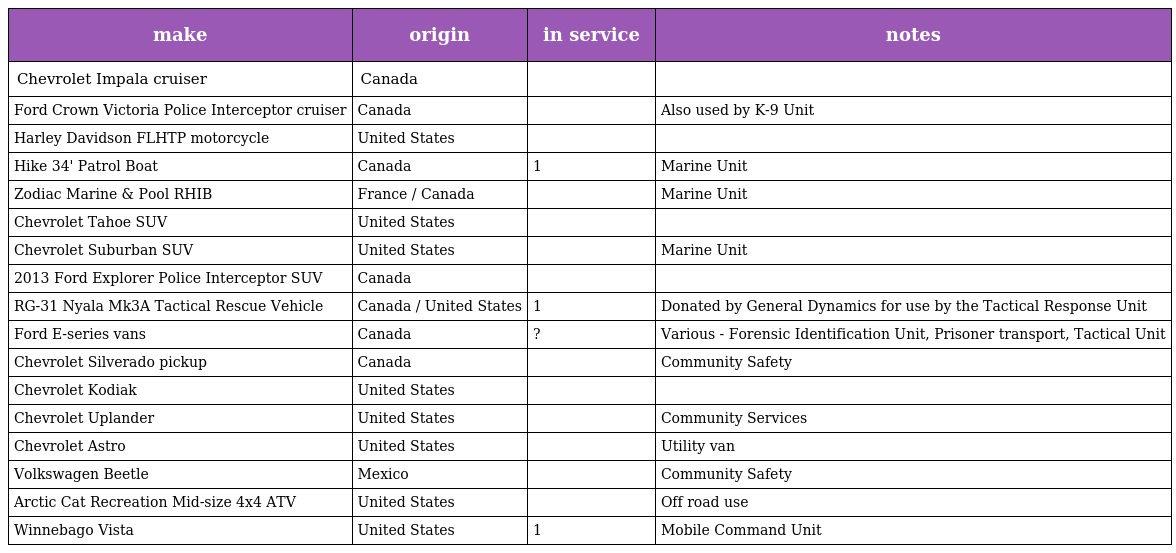
| make | origin | in service | notes |
 | --- | --- | --- | --- |
 | Chevrolet Impala cruiser | Canada |  |  |
 | Ford Crown Victoria Police Interceptor cruiser | Canada |  | Also used by K-9 Unit |
 | Harley Davidson FLHTP motorcycle | United States |  |  |
 | Hike 34' Patrol Boat | Canada | 1 | Marine Unit |
 | Zodiac Marine & Pool RHIB | France / Canada |  | Marine Unit |
 | Chevrolet Tahoe SUV | United States |  |  |
 | Chevrolet Suburban SUV | United States |  | Marine Unit |
 | 2013 Ford Explorer Police Interceptor SUV | Canada |  |  |
 | RG-31 Nyala Mk3A Tactical Rescue Vehicle | Canada / United States | 1 | Donated by General Dynamics for use by the Tactical Response Unit |
 | Ford E-series vans | Canada | ? | Various - Forensic Identification Unit, Prisoner transport, Tactical Unit |
 | Chevrolet Silverado pickup | Canada |  | Community Safety |
 | Chevrolet Kodiak | United States |  |  |
 | Chevrolet Uplander | United States |  | Community Services |
 | Chevrolet Astro | United States |  | Utility van |
 | Volkswagen Beetle | Mexico |  | Community Safety |
 | Arctic Cat Recreation Mid-size 4x4 ATV | United States |  | Off road use |
 | Winnebago Vista | United States | 1 | Mobile Command Unit |